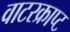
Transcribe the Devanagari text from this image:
वाटरक्राप्ट